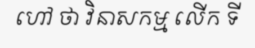
ហៅ ថា វិនាសកម្ម លើក ទី